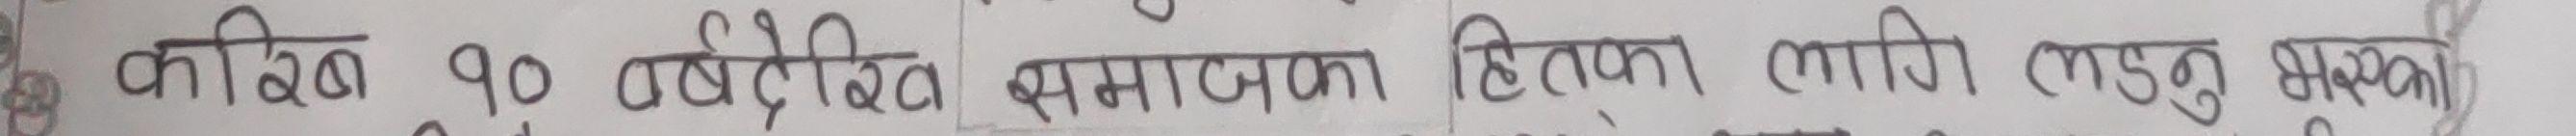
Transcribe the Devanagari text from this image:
कवि ९० वर्षदेखि समाजका हितका लागि लिनु भएसका